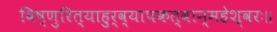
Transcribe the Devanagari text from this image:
विष्णुरित्याहुर्व्यापकत्वान्महेश्वरः॥